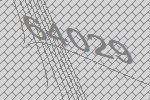
64029